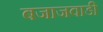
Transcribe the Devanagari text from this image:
बजाजवाडी